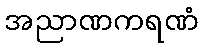
အညာဏကရဏံ